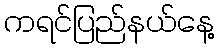
ကရင်ပြည်နယ်နေ့